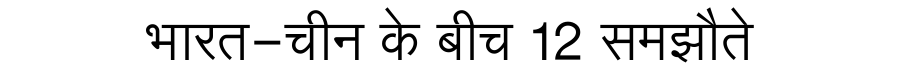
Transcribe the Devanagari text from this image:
भारत-चीन के बीच 12 समझौते